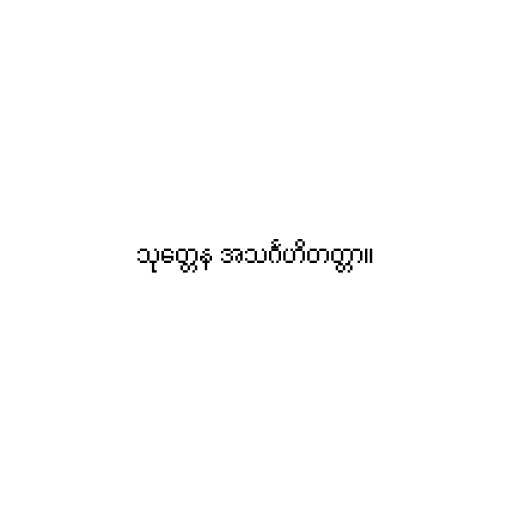
သုတ္တေန အသင်္ဂဟိတတ္တာ။